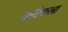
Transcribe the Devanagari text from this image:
करिकला